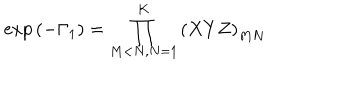
\exp { ( - \Gamma _ { 1 } ) } = \prod _ { M < N , N = 1 } ^ { K } \left( X Y Z \right) _ { M N }